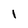
Character: 1